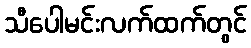
သီပေါမင်းလက်ထက်တွင်